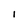
Character: I